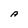
Character: A